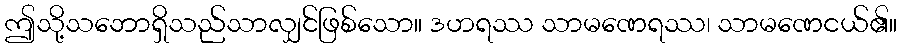
ဤသို့သဘောရှိသည်သာလျှင်ဖြစ်သော။ ဒဟရဿ သာမဏေရဿ၊ သာမဏေငယ်၏။